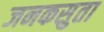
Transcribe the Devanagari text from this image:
जनकसुता